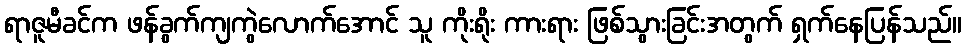
ရာဇူမီခင်က ဖန်ခွက်ကျကွဲလောက်အောင် သူ ကိုးရိုး ကားရား ဖြစ်သွားခြင်းအတွက် ရှက်နေပြန်သည်။